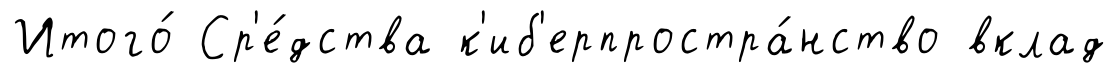
Итого́ Ср'е́дства к'иб'ерпростра́нство вклад